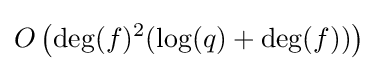
O\left(\deg(f)^{2}(\log(q)+\deg(f))\right)